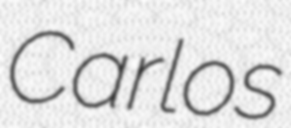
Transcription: Carlos